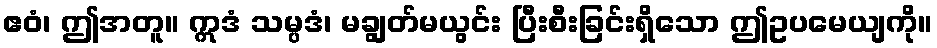
ဧဝံ၊ ဤအတူ။ ဣဒံ သမ္ပဒံ၊ မချွတ်မယွင်း ပြီးစီးခြင်းရှိသော ဤဥပမေယျကို။